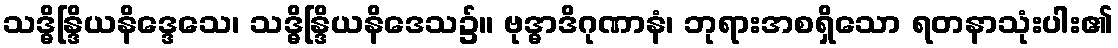
သဒ္ဓိန္ဒြိယနိဒ္ဒေသေ၊ သဒ္ဓိန္ဒြိယနိဒေသ၌။ ဗုဒ္ဓာဒိဂုဏာနံ၊ ဘုရားအစရှိသော ရတနာသုံးပါး၏